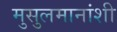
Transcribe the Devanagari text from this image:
मुसुलमानांशी